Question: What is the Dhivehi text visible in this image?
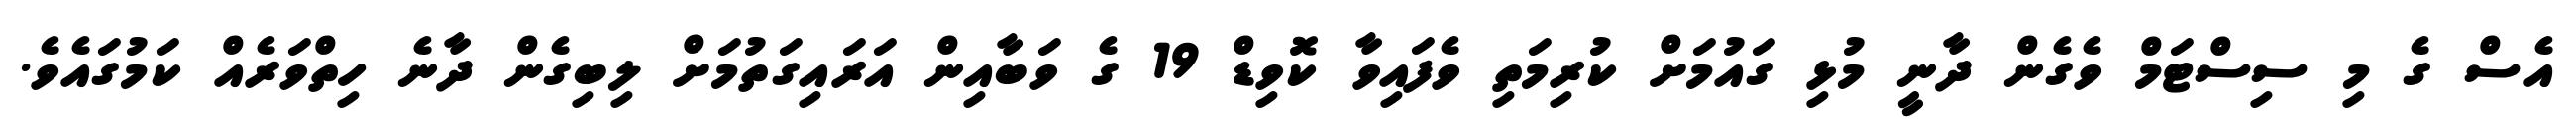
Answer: އެސް ގެ މި ސިސްޓަމް ވެގެން ދާނީ މުޅި ގައުމަށް ކުރިމަތި ވެފައިވާ ކޮވިޑް 19 ގެ ވަބާއިން އަރައިގަތުމަށް ލިބިގެން ދާނެ ހިތްވަރެއް ކަމުގައެވެ.